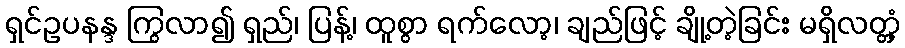
ရှင်ဥပနန္ဒ ကြွလာ၍ ရှည်၊ ပြန့်၊ ထူစွာ ရက်လော့၊ ချည်ဖြင့် ချို့တဲ့ခြင်း မရှိလတ္တံ့